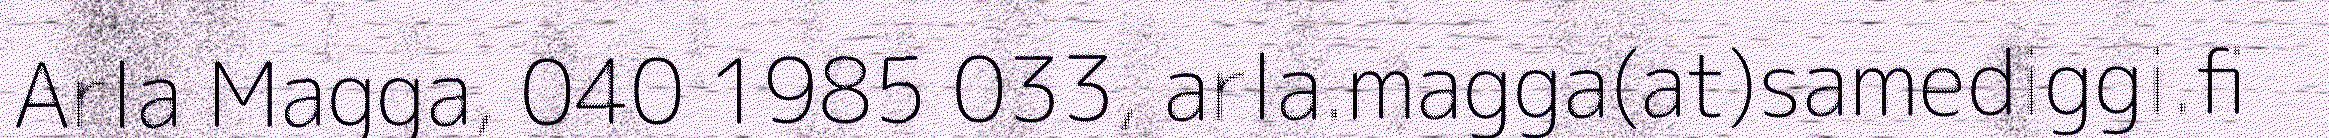
Arla Magga, 040 1985 033, arla.magga(at)samediggi.fi